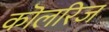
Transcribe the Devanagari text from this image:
कॊलरिज